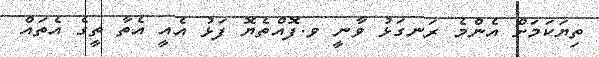
ތިޔަކަމަށް އެންމެ ރަނގަޅު ވާނީ ވ.ފޮއްތެޔޮ ފަޅު އެއީ އެތާ ތީގެ އެތައް